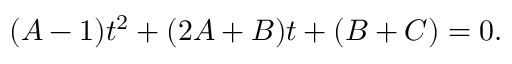
( A - 1 ) t ^ { 2 } + ( 2 A + B ) t + ( B + C ) = 0 .